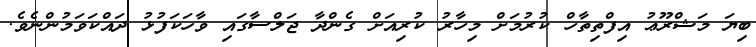
ބިޔަ މަޝްރޫޢު އިފްތިތާހް ކުރުމަށް މިހާރު ކުރިއަށް ގެންދާ ޖަލްސާގައި ވާހަކަފުޅު ދައްކަވަމުންނެވެ.